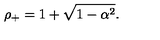
\rho _ { + } = 1 + \sqrt { 1 - \alpha ^ { 2 } } .